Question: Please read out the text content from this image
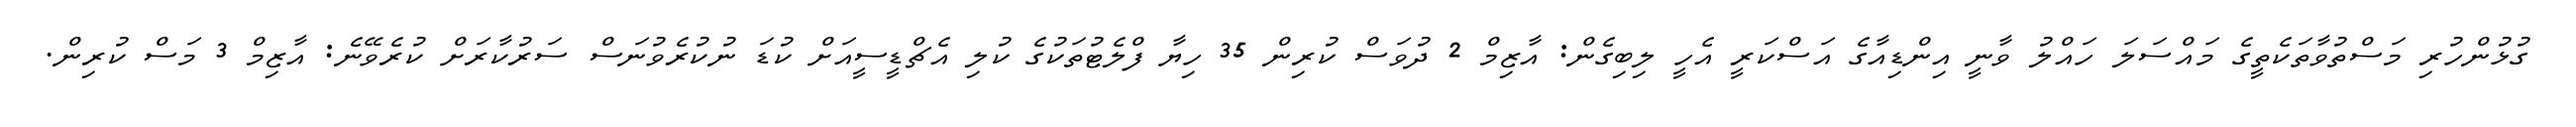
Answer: ގުޅުންހުރި މަސްތުވާތަކެތީގެ މައްސަލަ ހައްލު ވާނީ އިންޑިއާގެ އަސްކަރީ އެހީ ލިބިގެން: އާޒިމް 2 ދުވަސް ކުރިން 35 ހިޔާ ފްލެޓުތަކުގެ ކުލި އެޗްޑީސީއަށް ކުޑަ ނުކުރެވުނަސް ސަރުކާރަށް ކުރެވޭނެ: އާޒިމް 3 މަސް ކުރިން.